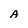
Character: A